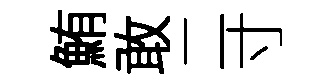
鮪敢二寸